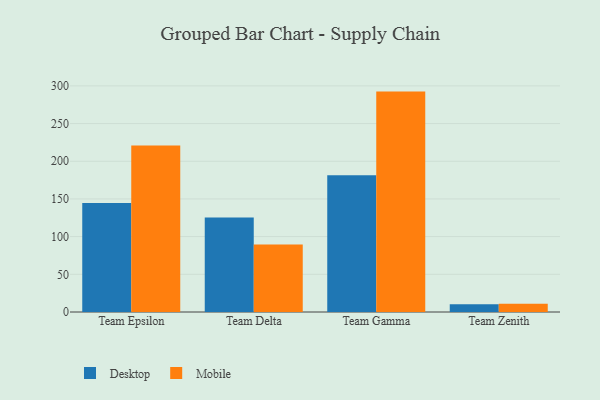
{"axis": {"x": "Team", "y": "Headcount"}, "legend": ["Desktop", "Mobile"], "data": [{"x": "Team Epsilon", "y": 144.7, "type": "Desktop"}, {"x": "Team Epsilon", "y": 221.0, "type": "Mobile"}, {"x": "Team Delta", "y": 125.4, "type": "Desktop"}, {"x": "Team Delta", "y": 89.4, "type": "Mobile"}, {"x": "Team Gamma", "y": 181.3, "type": "Desktop"}, {"x": "Team Gamma", "y": 292.4, "type": "Mobile"}, {"x": "Team Zenith", "y": 10.4, "type": "Desktop"}, {"x": "Team Zenith", "y": 11.1, "type": "Mobile"}]}